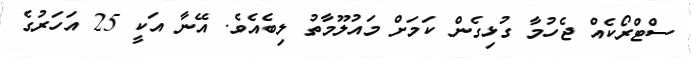
ސްޓްރޯކެއް ޖެހުމާ ގުޅިގެން ކަމަށް މައުލޫމާތު ލިބެއެވެ. އޭނާ އަކީ 25 އަހަރުގެ